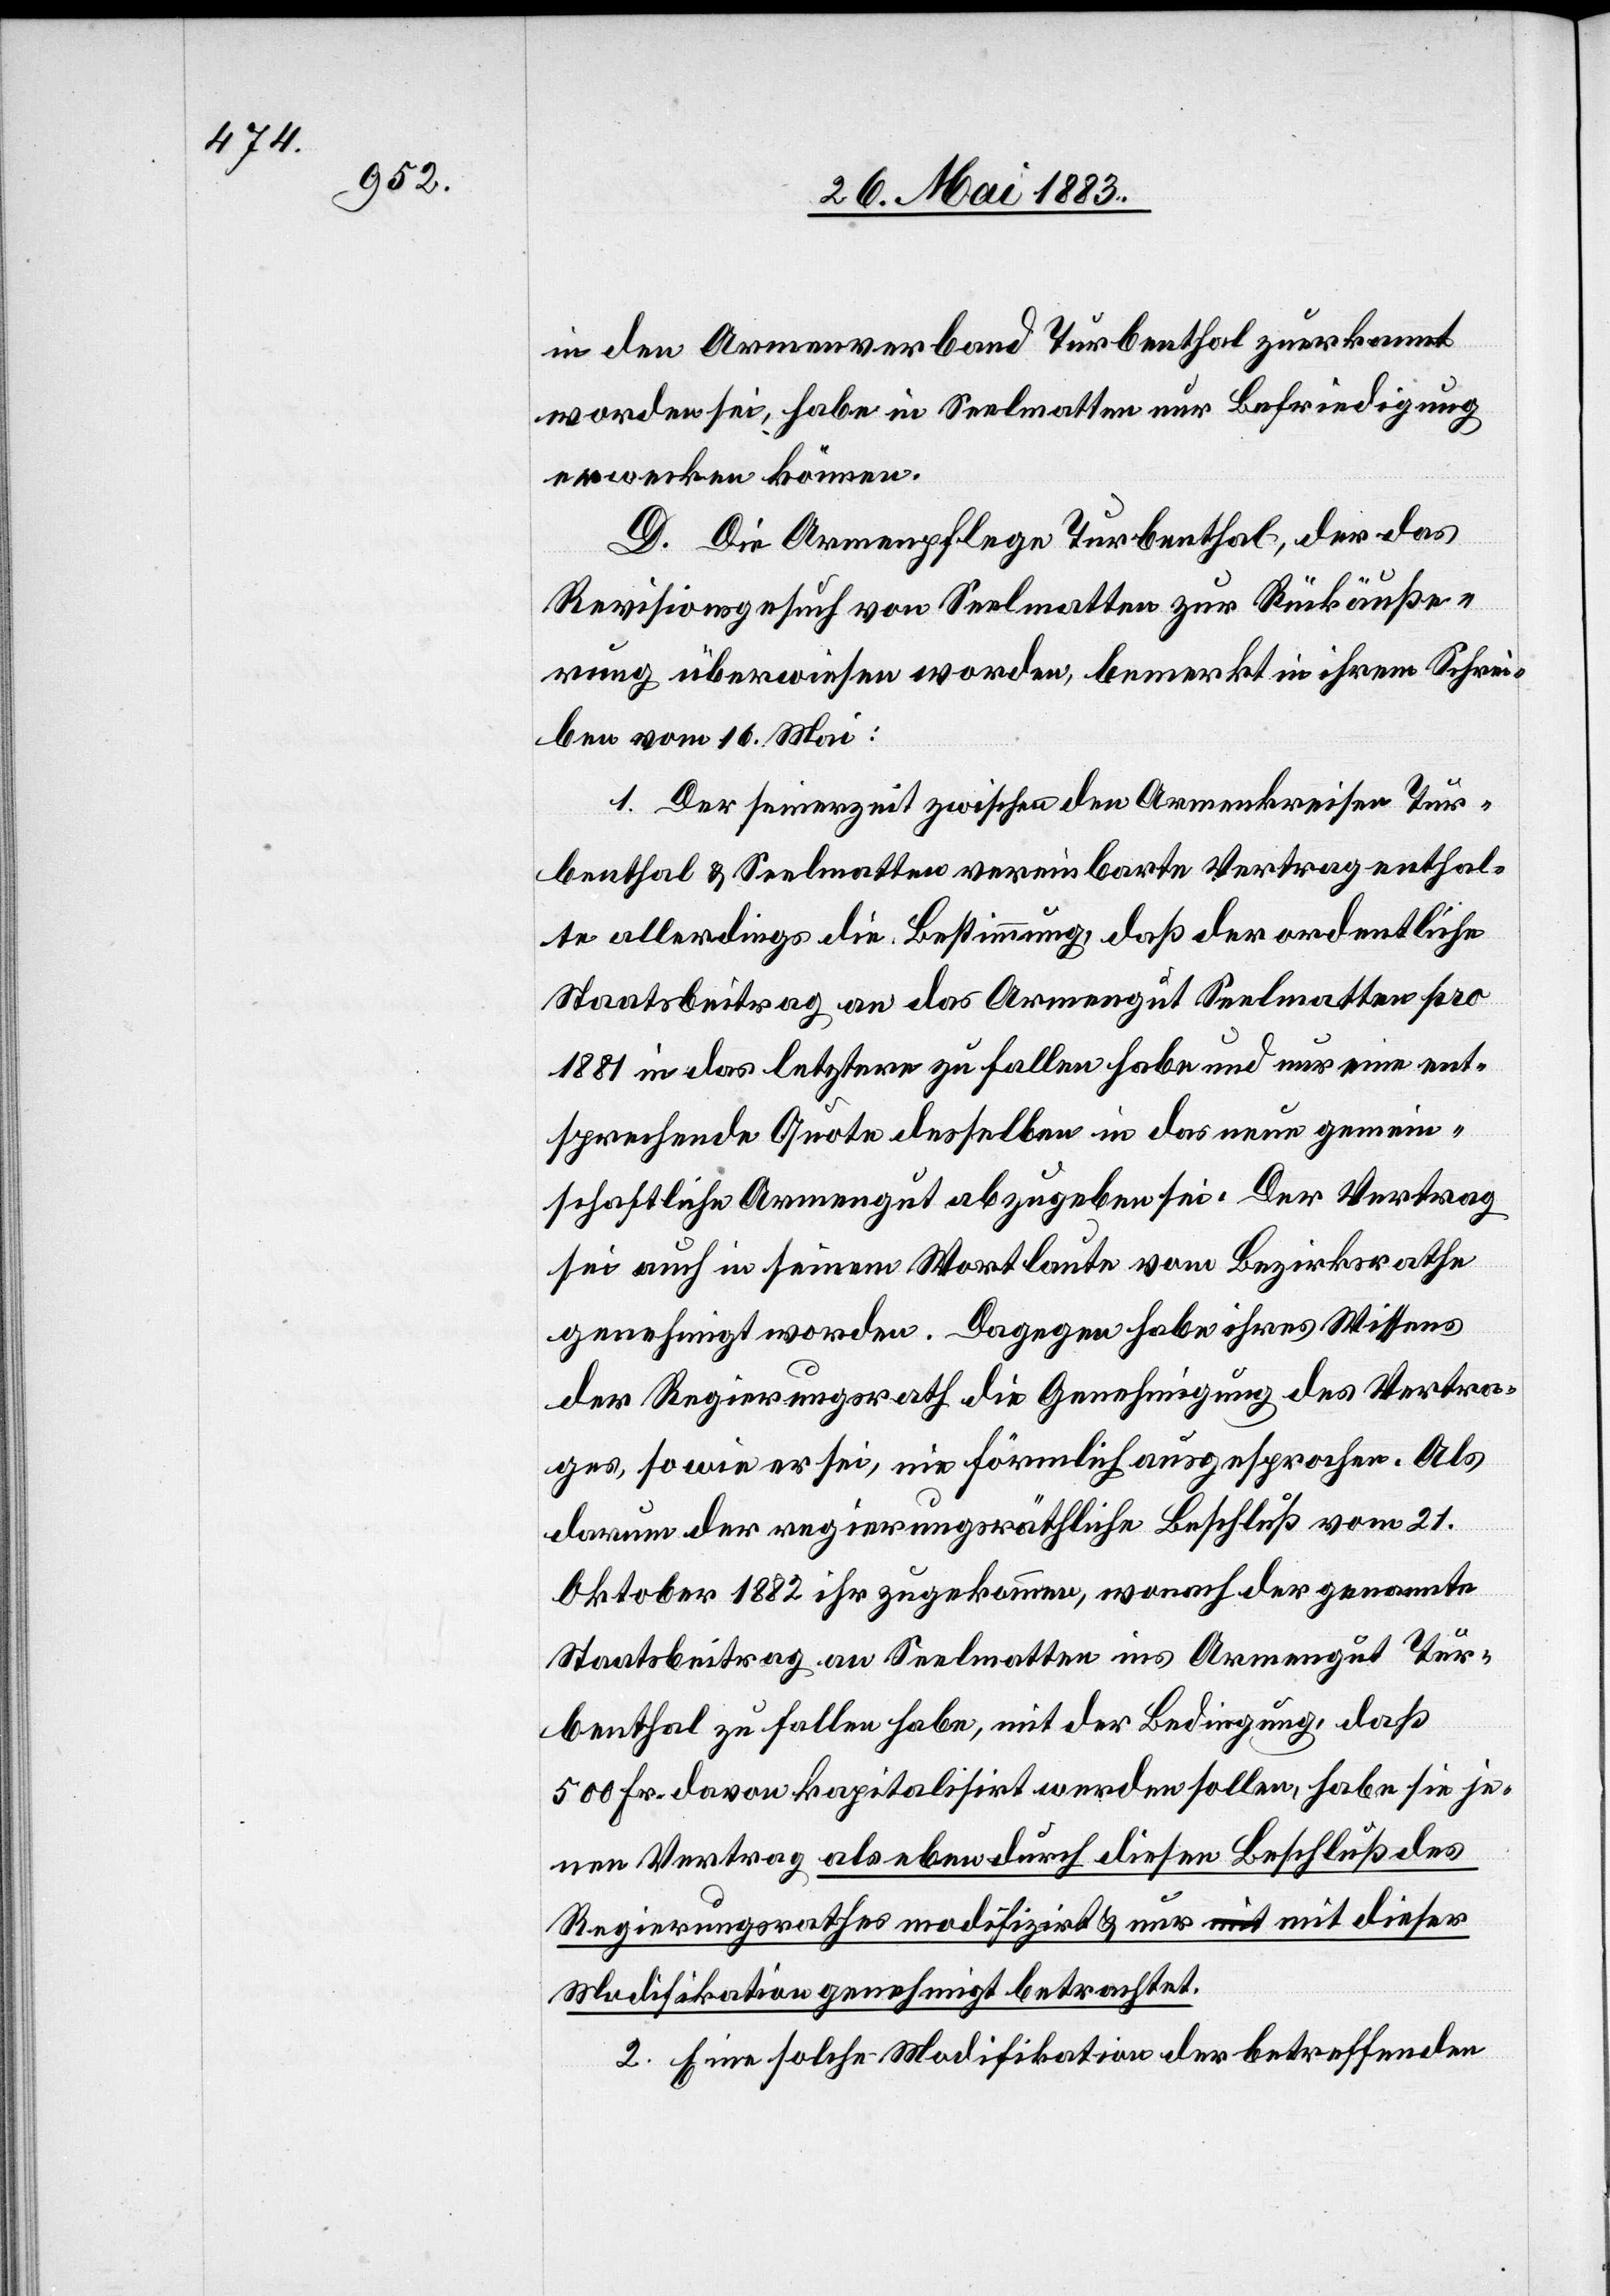
in den Armenverband Turbenthal zuerkannt
worden sei, habe in Seelmatten nur Befriedigung
erwecken können.
D. Die Armenpflege Turbenthal, der das
Revisionsgesuch von Seelmatten zur Rückäuße¬
rung überwiesen worden, bemerkt in ihrem Schrei¬
ben vom 16. Mai:
1. Der seinerzeit zwischen den Armenkreisen Tur¬
benthal & Seelmatten vereinbarte Vertrag enthal¬
te allerdings die Bestimmung, daß der ordentliche
Staatsbeitrag an das Armengut Seelmatten pro
1881 in das letztere zu fallen habe und nur eine ent¬
sprechende Quote desselben in das neue gemein¬
schaftliche Armengut abzugeben sei. Der Vertrag
sei auch in seinem Wortlaute vom Bezirksrathe
genehmigt worden. Dagegen habe ihres Wissens
der Regierungsrath die Genehmigung des Vertra¬
ges, so wie er sei, nie förmlich ausgesprochen. Als
darum der regierungsräthliche Beschluß vom 21.
Oktober 182 ihr zugekommen, wonach der genannte
Staatsbeitrag an Seelmatten ins Armengut Tur¬
benthal zu fallen habe, mit der Bedingung, daß
500 Fr. davon kapitalisirt werden sollen, habe sie je¬
nen Vertrag als eben durch diesen Beschluß des
Regierungsrathes modifizirt & nur mit dieser
Modifikation genehmigt betrachtet.
2. Eine solche Modifikation der betreffenden